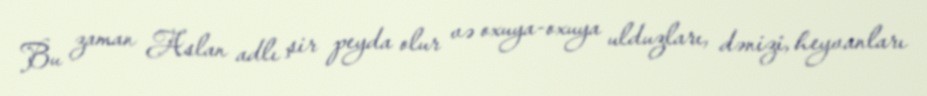
Bu zaman Aslan adlı şir peyda olur və oxuya-oxuya ulduzları, dənizi, heyvanları